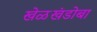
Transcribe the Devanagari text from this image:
खेळखंडोबा